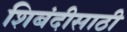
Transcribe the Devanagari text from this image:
शिबंदीसाठी